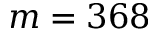
m = 3 6 8